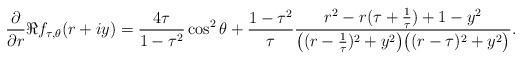
LaTeX: \begin{align*} \frac{\partial}{\partial r} \Re{f_{\tau, \theta}(r + iy)} &=\frac{4\tau }{1 - \tau^{2}} \cos^{2}\theta + \frac{1 - \tau^{2}}{\tau} \frac{r^{2} - r(\tau + \frac{1}{\tau}) + 1 - y^{2}}{\big((r - \frac{1}{\tau})^{2} + y^{2}\big) \big((r - \tau)^{2} + y^{2}\big)}. \end{align*}